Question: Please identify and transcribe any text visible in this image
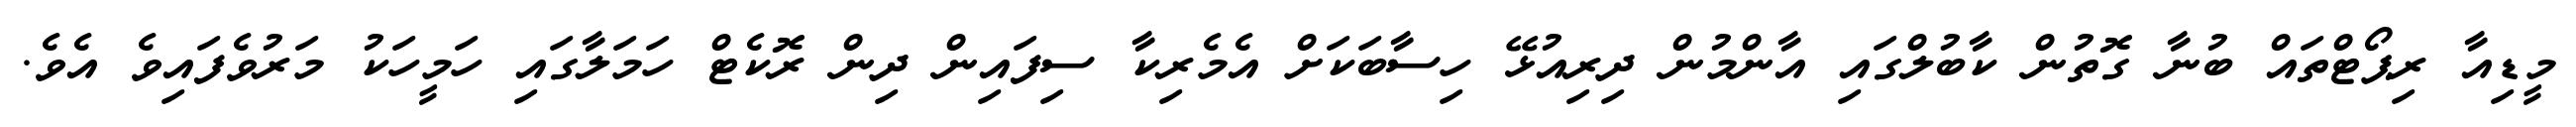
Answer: މީޑިއާ ރިޕޯޓްތައް ބުނާ ގޮތުން ކާބުލްގައި އާންމުން ދިރިއުޅޭ ހިސާބަކަށް އެމެރިކާ ސިފައިން ދިން ރޮކެޓް ހަމަލާގައި ހަމީހަކު މަރުވެފައިވެ އެވެ.